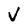
Character: V